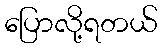
ပြောလို့ရတယ်